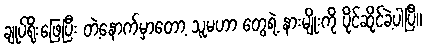
ချုပ်ရိုးဖြေပြီး တဲ့နောက်မှာတော့ သူမဟာ တွေရဲ့ နားမျိုးကို ပိုင်ဆိုင်ခဲ့ပါပြီ။